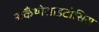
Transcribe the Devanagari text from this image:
अकैंथोसाइटोसिस